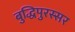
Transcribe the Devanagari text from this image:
बुद्धिपुरस्सर